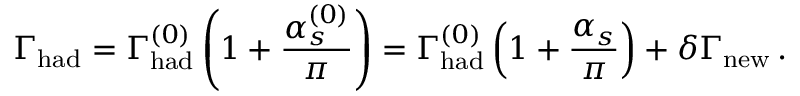
\Gamma _ { \mathrm { h a d } } = \Gamma _ { \mathrm { h a d } } ^ { ( 0 ) } \left( 1 + { \frac { \alpha _ { s } ^ { ( 0 ) } } { \pi } } \right) = \Gamma _ { \mathrm { h a d } } ^ { ( 0 ) } \left( 1 + { \frac { \alpha _ { s } } { \pi } } \right) + \delta \Gamma _ { \mathrm { n e w } } \, .